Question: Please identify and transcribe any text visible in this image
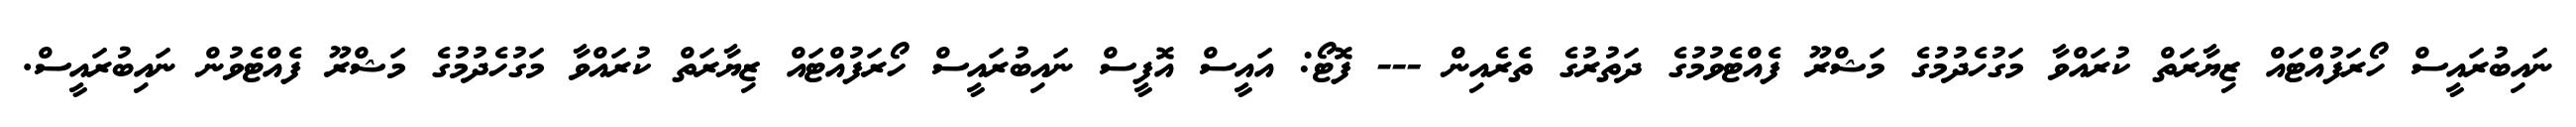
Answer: ނައިބުރައީސް ހޯރަފުއްޓައް ޒިޔާރަތް ކުރައްވާ މަގުހެދުމުގެ މަޝްރޫ ފެއްޓެވުމުގެ ދަތުރުގެ ތެރެއިން --- ފޮޓޯ: އައީސް އޮފީސް ނައިބުރައީސް ހޯރަފުއްޓައް ޒިޔާރަތް ކުރައްވާ މަގުހެދުމުގެ މަޝްރޫ ފެއްޓެވުން ނައިބުރައީސް.